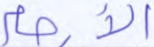
الأرحام